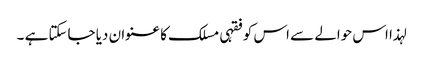
لہذا اس حوالے سے اس کو فقہی مسلک کا عنوان دیا جاسکتا ہے ۔